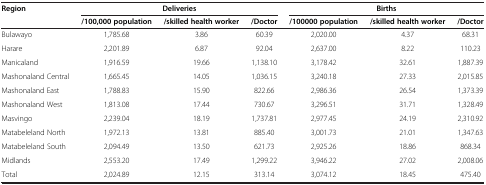
| Region | <COLSPAN=3> Deliveries | <COLSPAN=3> Births |
 |  | /100,000 population | /skilled health worker | /Doctor | /100000 population | /skilled health worker | /Doctor |
 | --- | --- | --- | --- | --- | --- | --- |
 | Bulawayo | 1,785.68 | 3.86 | 60.39 | 2,020.00 | 4.37 | 68.31 |
 | Harare | 2,201.89 | 6.87 | 92.04 | 2,637.00 | 8.22 | 110.23 |
 | Manicaland | 1,916.59 | 19.66 | 1,138.10 | 3,178.42 | 32.61 | 1,887.39 |
 | Mashonaland Central | 1,665.45 | 14.05 | 1,036.15 | 3,240.18 | 27.33 | 2,015.85 |
 | Mashonaland East | 1,788.83 | 15.90 | 822.66 | 2,986.36 | 26.54 | 1,373.39 |
 | Mashonaland West | 1,813.08 | 17.44 | 730.67 | 3,296.51 | 31.71 | 1,328.49 |
 | Masvingo | 2,239.04 | 18.19 | 1,737.81 | 2,977.45 | 24.19 | 2,310.92 |
 | Matabeleland North | 1,972.13 | 13.81 | 885.40 | 3,001.73 | 21.01 | 1,347.63 |
 | Matabeleland South | 2,094.49 | 13.50 | 621.73 | 2,925.26 | 18.86 | 868.34 |
 | Midlands | 2,553.20 | 17.49 | 1,299.22 | 3,946.22 | 27.02 | 2,008.06 |
 | Total | 2,024.89 | 12.15 | 313.14 | 3,074.12 | 18.45 | 475.40 |